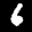
Label: 6